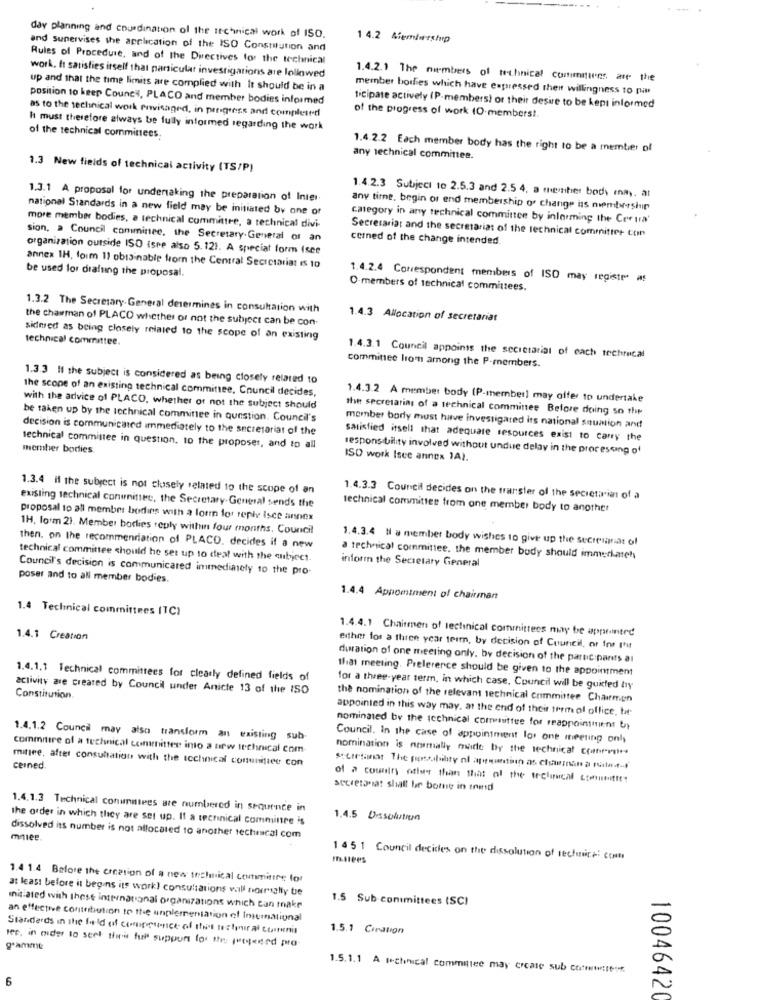
day planning and coordination of the itchinical work of ISO.
14.2 Membership
and Supervises the application of the ISO Constitution and
Rules of Procedure, and of the Directives for the technical
work, ft satisfies itself that particular investigations are lollowed
1.4.2.1 The numbers of technical committees are the
up and that the time limits are complied with It should be in a
member boilies which have expressed their willingness to pi
position to keep Council, PLACO and member bodies informed
as to the technical work envisaged, in progress and completed
ticipate actively (P-members) or their desire to be kept informed
of the progress of work (O-members !.
I must therefore always be fully informed regarding the work
of the technical committees.
1.4.2.2 Each member body has the right to be a member of
any technical committee.
1.3 New fields of technical activity (TS/P)
1.3.1 A proposal for undertaking the preparation of Inter
1.4.2.3 Subject 10 2.5.3 and 2.5 4, a member body enny. at
national Standards in a new field may be initiated by one of
any time, begin or end membership or change is membreshp
category in any technical committee by informing the Coeura'
more member bodies, a technical committee, a technical divi-
Secretariat and the secretariat of the technical committee con
sion, a Council comminee, the Secretary- General of an
cemned of the change intended.
organization outside ISO Isee also 5.121. A speciat form (see
annex IH, form 11 obtainable from the Central Secretariat Is 10
be used for drafting the proposal.
1.4.2.4 Correspondent members of ISO may registr as
O-members of technical committees.
1.3.2 The Secretary- General determines in consultation with
the chairman of PLACO whether or not the subject can be con-
1.4.3 Allocation of secretariat
sidmed as being closely related to the scope of an existing
technical committee.
committee lrom among the P-members.
1.4.3.1 Council appoints the secretariat of each techrecal
1.3.3 Il the subject is considered as being closely related to
the scope of an existing technical committee, Council decides,
1.4.3.2 A member body (P-member] may offer to undertake
with the advice of PLACO, whether or not the subject should
the secretaring of a technical comminee Before doing so the
be taken up by the technical committee in question. Council's
decision is communicated immediately to the secretariat of the
member body must have investigated its national sounion and
satisfied itsell that adequate resources exist to carry the
member bodies.
technical committee in question, to the proposer, and to all
responsibility involved without unduse delay in the processing of
ISO work Isee annex 1A).
1.3.4 il the subject is not closely related to the scope of an
existing technical coninittet, the Secretary-General sends the
1.4.3.3 Council decides on the transfer of the secretariat of a
technical committee from one member body to another
proposal to all member bodins with a form for reply Isce annex
1H, form 21. Member barlies reply within four months. Council
1.4.3.4 H a member body wishes to give up the secretariat of
then. on the recommendation of PLACO. decides if a new
technical committee should be set up to deal with the subject.
a technical committee, the member body should immerkateh
inform the Secretary General
Council's decision is communicared immediately to the pro-
poser and to all member bodies.
1.4.4 Appomtment of chairman
1.4 Technical committees (TC)
1.4.4.1 Chaitmen of technical committees may be appointed
1.4.1 Creation
either for a three year term, by decision of Council, or Ins Ihr
duration of one meeting only, by decision of the participants al
that meeting. Preference should be given to the appointment
1.4.1.1 Technical committees for clearly defined fields of
activity are created by Council under Anicte 13 of the ISO
for a three-year term, in which case, Council will be guided tiy
Constitution.
the nomination of the relevam technical committee Chairman
appointed in this way may, at the end of their term of office. tr
nominated by the technical committee for reappointment by
1.4.1.2 Council may also transform an existing sub.
Council. In the case of appointment los one meeting only
commitire of a technical committee into a new technical com-
nomination is normally made by the technical errorrate
mitlee, after consultation with the technical conunifiee con
ceined.
stretant The possibility of apemuntinn as chairman a ratedt-f
of a country other than that of the technical comunities
secretonat shall bir bomne in trend
1.4.1.3 Technical conunntees are numbered in sequence in
the order in which they are set up. If a technical comminre is
1.4.5 Dissolution
mniee.
dissolved its number is not allocated to another technical com
145 1 Council decides on the dissolution of sechica: come
1.4 1.4 Before the creation of a new technical committee for
at least before it begins its work! consultations wall normally te
1.5 Sub committees (SC)
initiated with these international organizations which can make
an effective contribution to the unplementation of International
Standards in the field of competence of theet tortyr al tennis
1.5.1 Creation
gamme
let, in oder to seek the full support for the protected pro-
1.5.1.1 A Ichnical committee may create sub cotwitter.
6
10046420